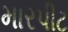
મારપીટ